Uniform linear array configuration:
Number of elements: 48
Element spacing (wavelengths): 0.75
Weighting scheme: binomial
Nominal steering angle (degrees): -60
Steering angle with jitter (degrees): -59.079
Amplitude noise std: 0.05
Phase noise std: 0.05

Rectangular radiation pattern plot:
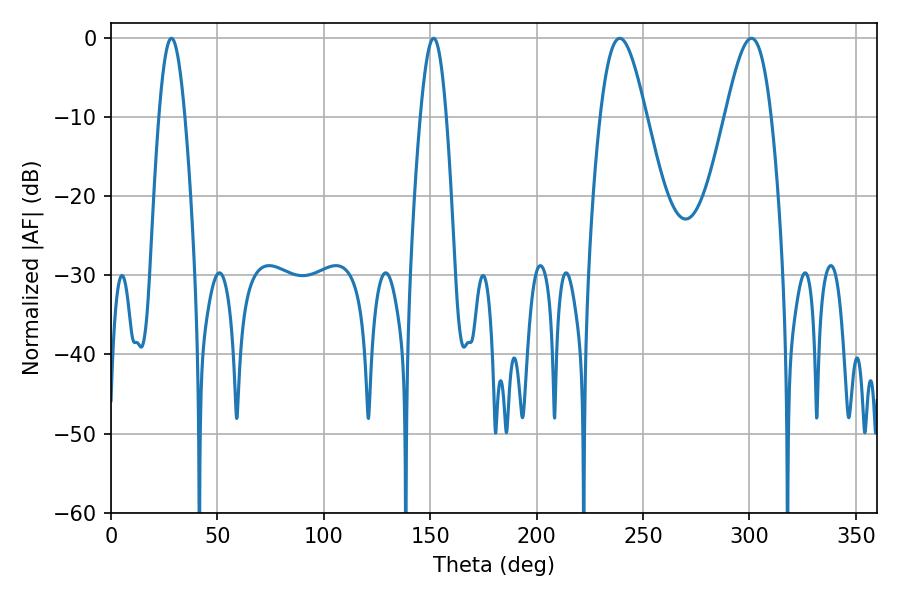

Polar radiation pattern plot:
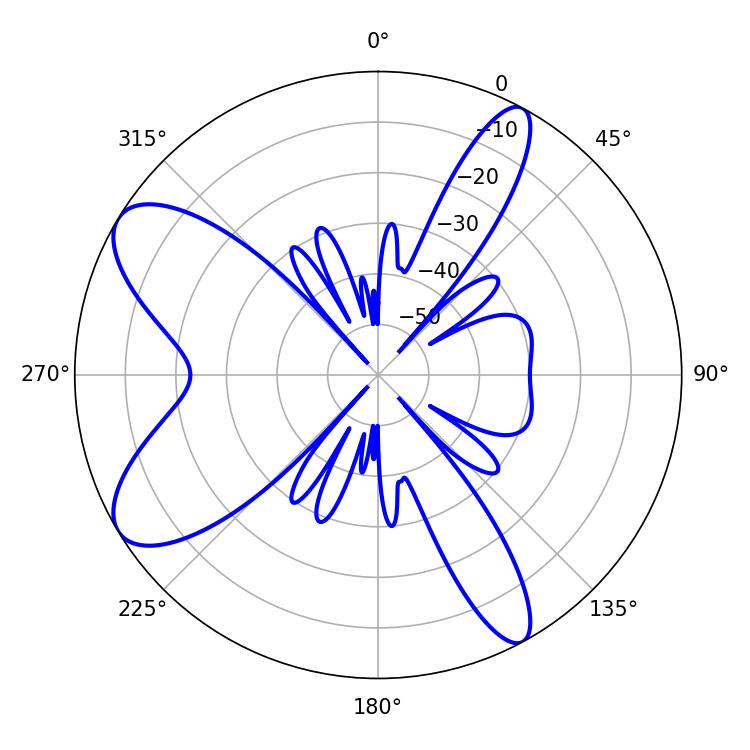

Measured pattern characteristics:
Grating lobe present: TRUE
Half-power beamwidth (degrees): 11.52
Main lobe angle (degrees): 239.04